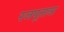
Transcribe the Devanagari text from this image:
रजपूताना